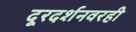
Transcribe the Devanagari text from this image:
दूरदर्शनवरही